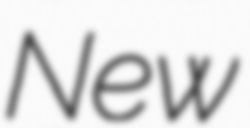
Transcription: New